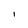
Character: I